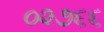
૦૨૭૬૬